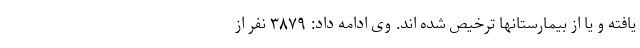
یافته و یا از بیمارستانها ترخیص شده اند. وی ادامه داد: ۳۸۷۹ نفر از